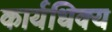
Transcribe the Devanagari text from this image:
कार्यधिक्य